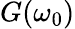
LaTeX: G(\omega_{0})